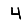
Digit: 4